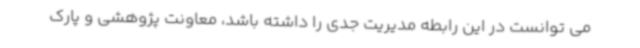
می توانست در این رابطه مدیریت جدی را داشته باشد، معاونت پژوهشی و پارک